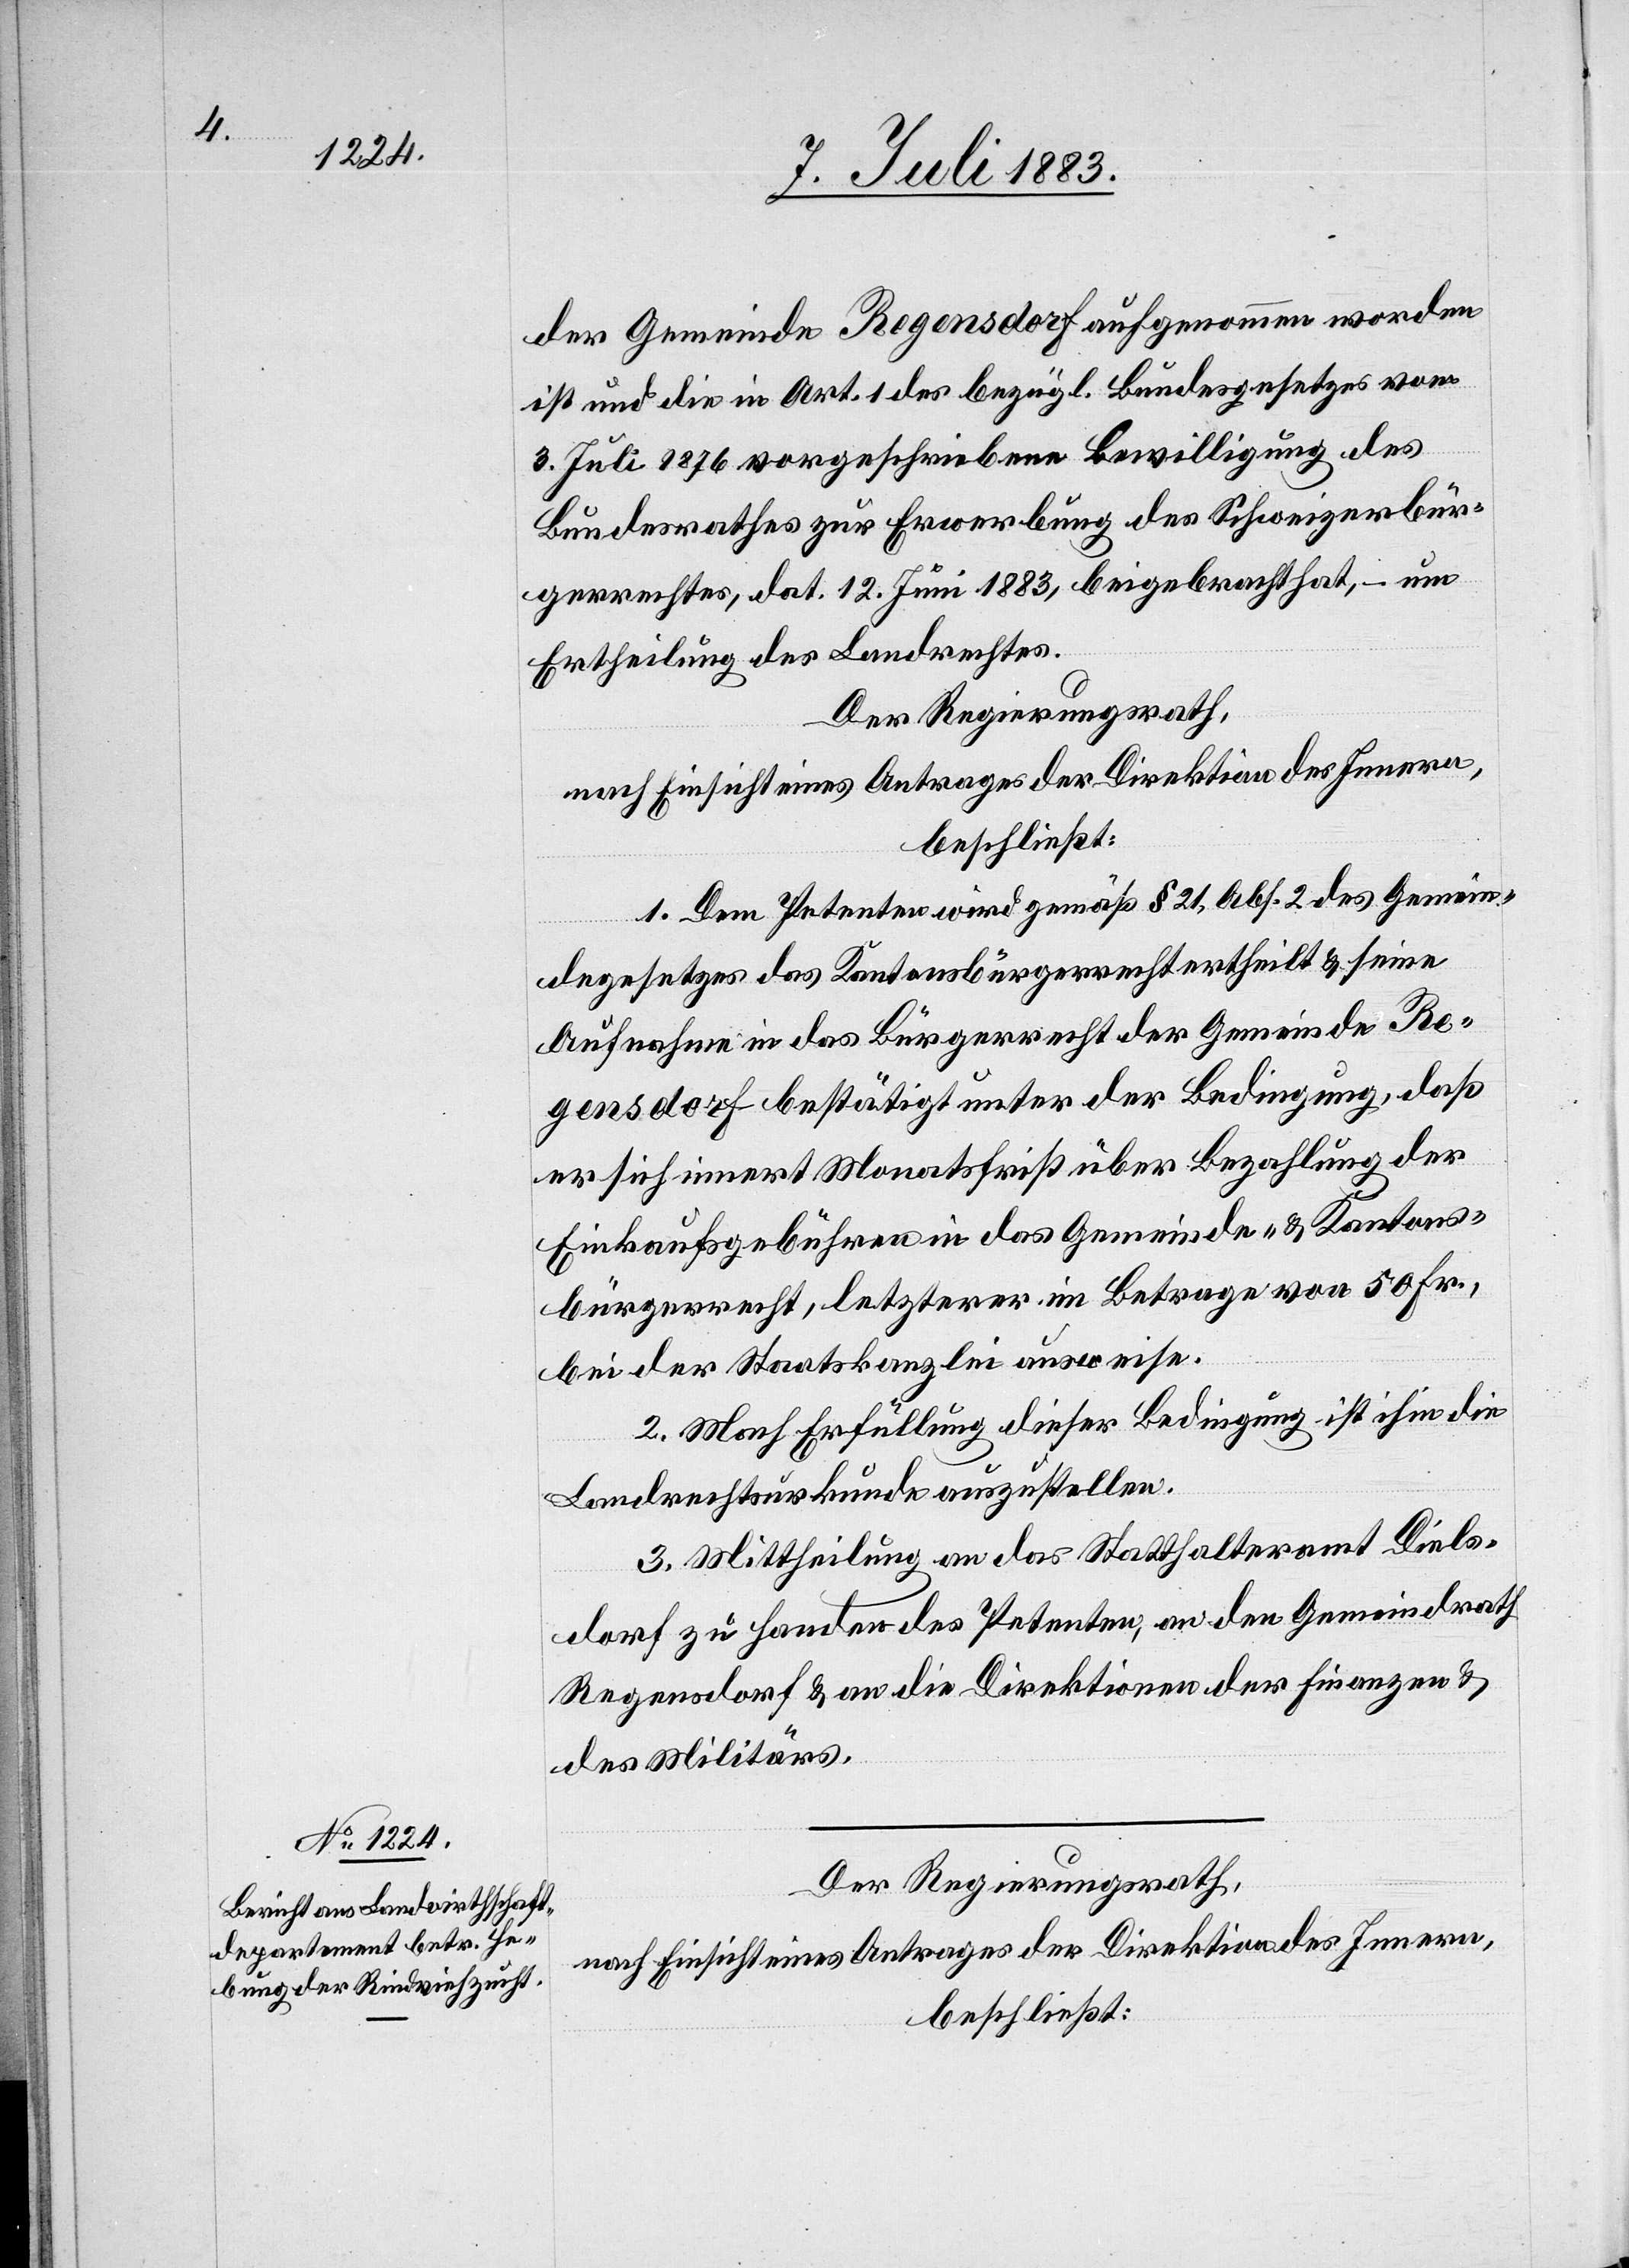
der Gemeinde Regensdorf aufgenommen worden
ist und die in Art. 1 des bezügl. Bundesgesetzes vom
3. Juli 1876 vorgeschriebene Bewilligung des
Bundesrathes zur Erwerbung des Schweizerbür¬
gerrechtes, dat. 12. Juni 1883, beigebracht hat, – um
Ertheilung des Landrechtes.
Der Regierungsrath,
nach Einsicht eines Antrages der Direktion des Innern,
beschließt:
1. Dem Petenten wird gemäß § 21, Abs. 2 des Gemein¬
degesetzes das Kantonsbürgerrecht ertheilt & seine
Aufnahme in das Bürgerrecht der Gemeinde Re¬
gensdorf bestätigt unter der Bedingung, daß
er sich innert Monatsfrist über Bezahlung der
Einkaufsgebühren in das Gemeinde- & Kantons¬
bürgerrecht, letzterer im Betrage von 50 Fr.,
bei der Staatskanzlei ausweise.
2. Nach Erfüllung dieser Bedingung ist ihm die
Landrechtsurkunde auszustellen.
3. Mittheilung an das Statthalteramt Diels¬
dorf zu Handen des Petenten, an den Gemeindrath
Regensdorf & an die Direktionen der Finanzen &
des Militärs.
Der Regierungsrath,
nach Einsicht eines Antrages der Direktion des Innern,
beschließt: